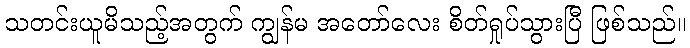
သတင်းယူမိသည့်အတွက် ကျွန်မ အတော်လေး စိတ်ရှုပ်သွားပြီ ဖြစ်သည်။